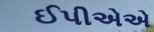
ઈપીએએ